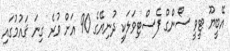
އޭބީޔޫ ޓީވީ ސޯންގް ފެސްޓިވަލަކީ ދުނިޔޭގެ 90 އަށް ވުރެ ގިނަ ޤައުމުގައި